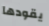
يقودها